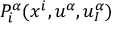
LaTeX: P _ { i } ^ { \alpha } ( x ^ { i } , u ^ { \alpha } , u _ { I } ^ { \alpha } )